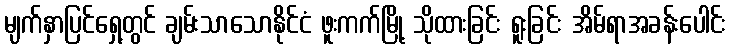
မျက်နှာပြင်ရှေ့တွင် ချမ်းသာသောနိုင်ငံ ဖူးကက်မြို့ သိုထားခြင်း ရူးခြင်း အိမ်ရာအခန်းပေါင်း